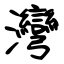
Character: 灣